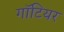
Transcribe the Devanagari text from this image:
गॉटियर